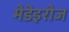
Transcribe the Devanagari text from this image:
मेडेइरोज